18_100754_ General 1946-7_Vol_2
Agency: Department of War
Incident date: 12/30/47
Page 10
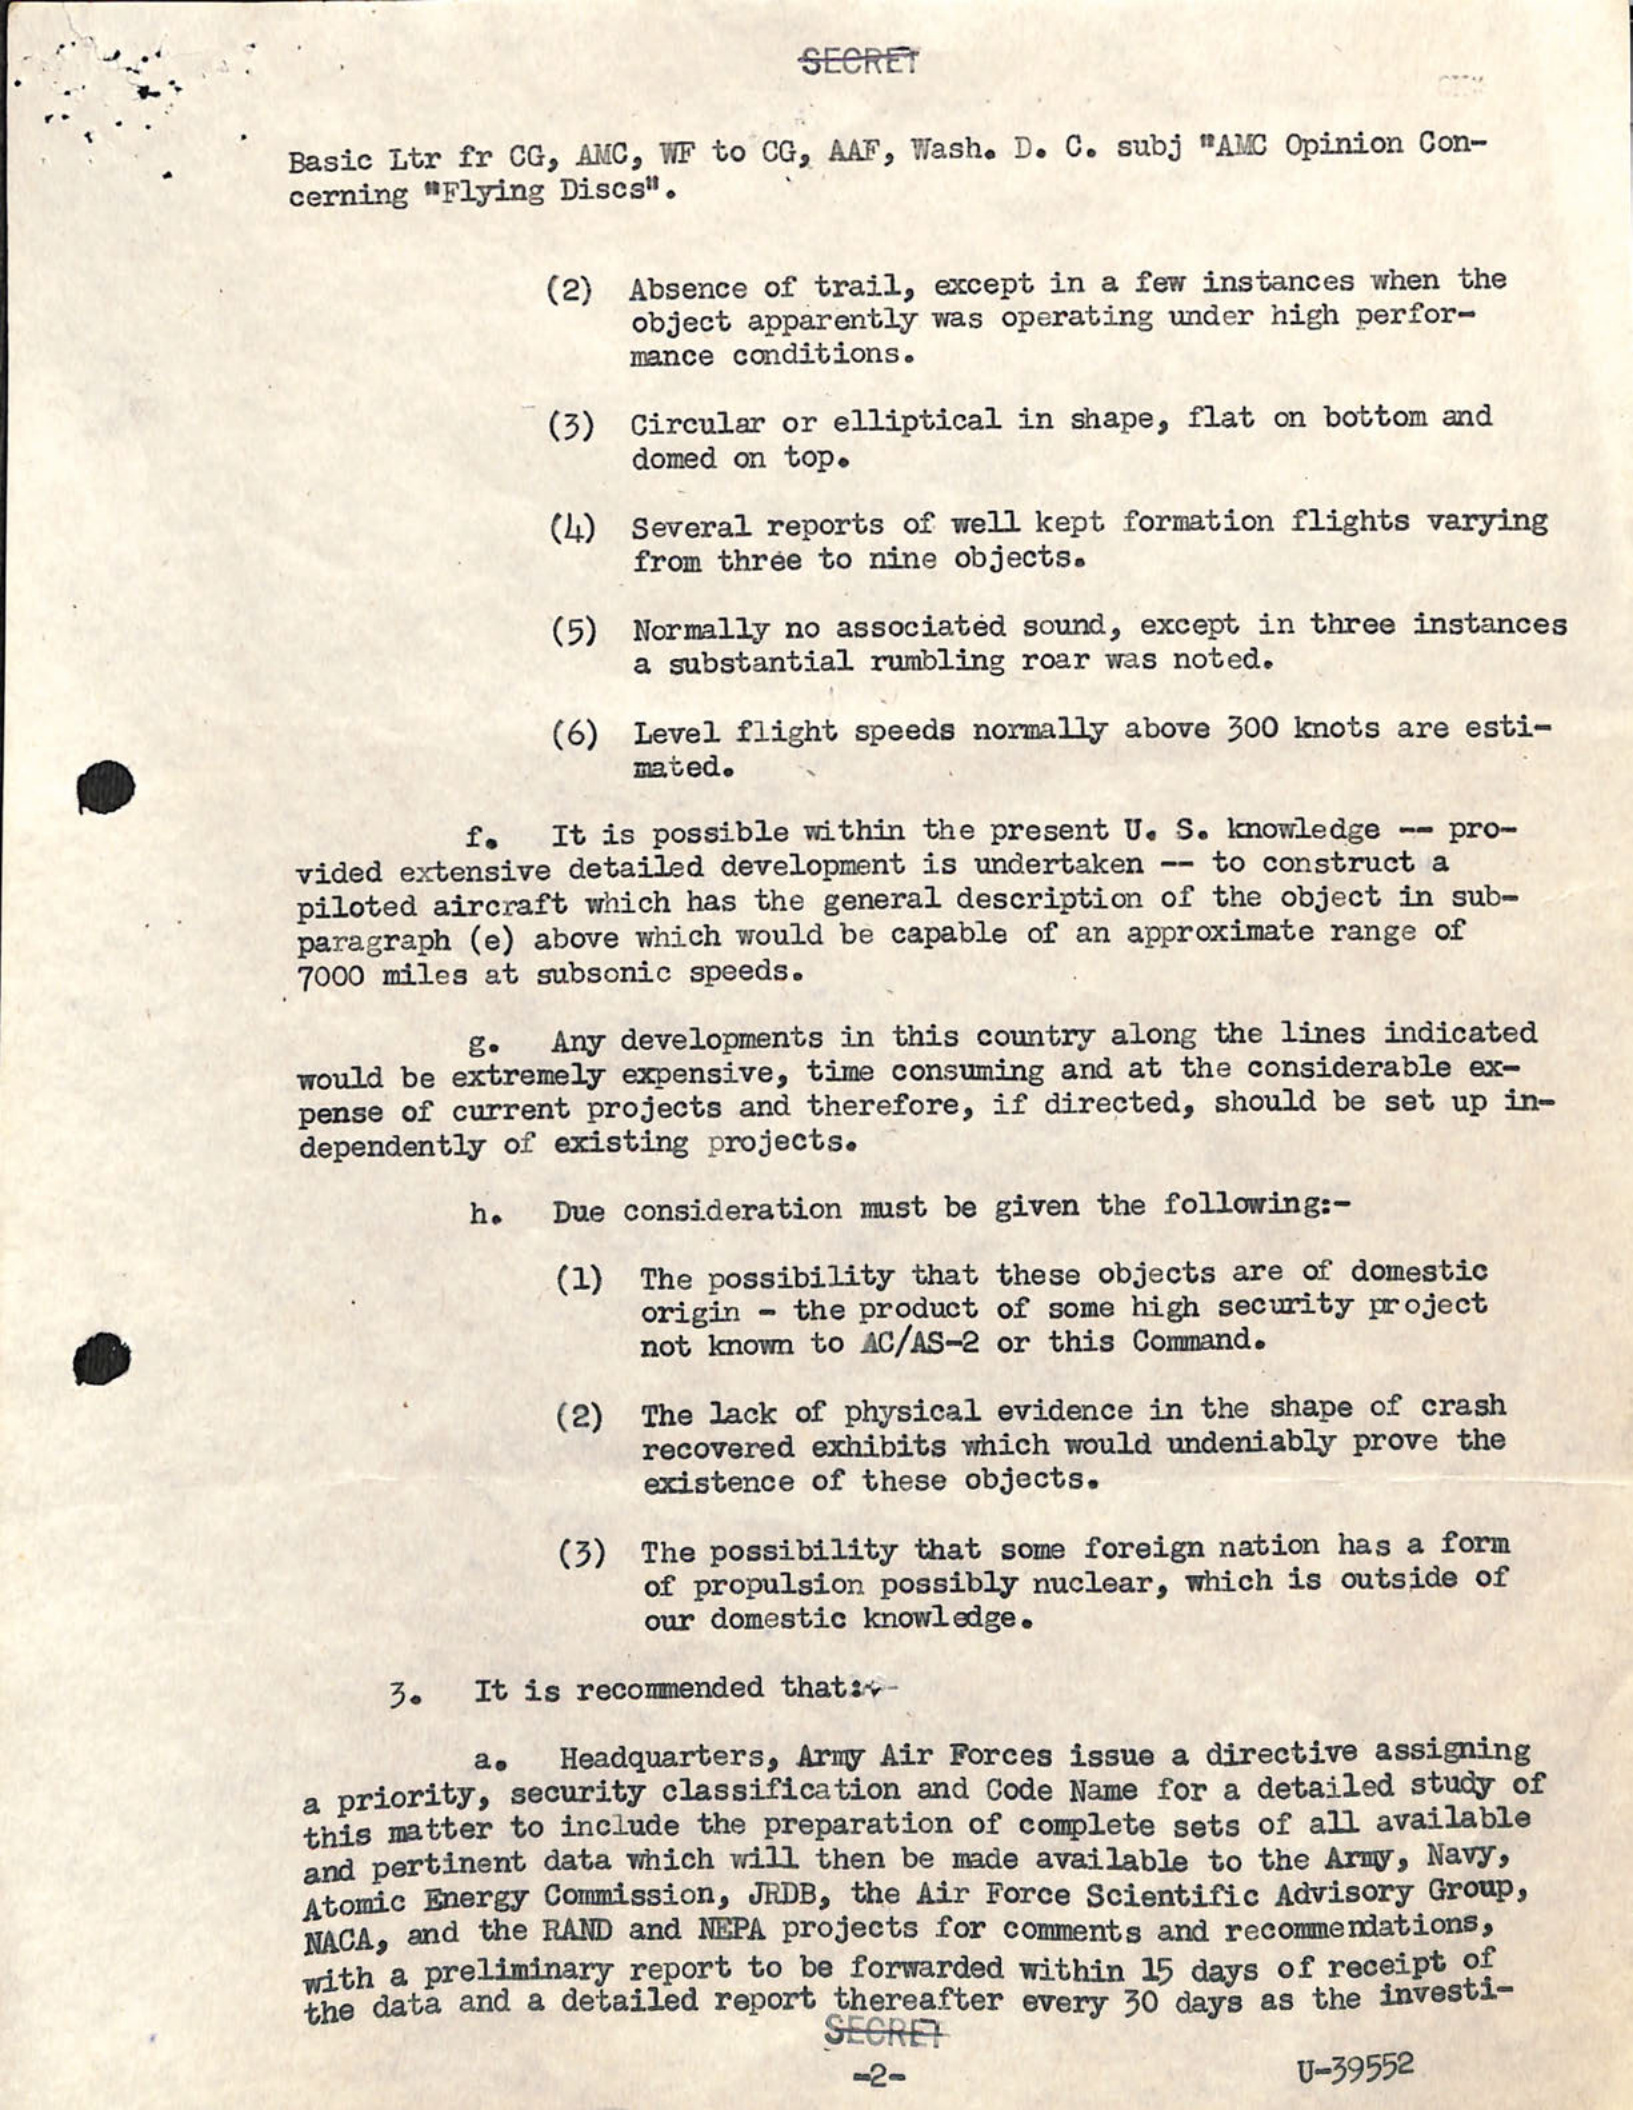